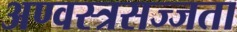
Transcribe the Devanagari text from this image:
अण्वस्त्रसज्जता